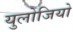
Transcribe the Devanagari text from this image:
युलोजियो